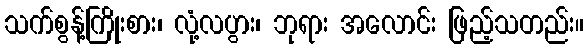
သက်စွန့်ကြိုးစား၊ လုံ့လပွား၊ ဘုရား အလောင်း ဖြည့်သတည်း။